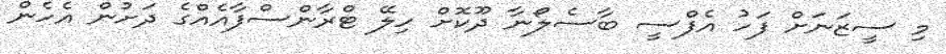
މި ސީޒަނަށް ފަހު އެފްސީ ބާސެލޯނާ ދޫކޮށް ހިލޭ ޓްރާންސްފާއެއްގެ ދަށުން އެހެން